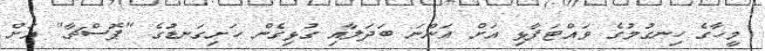
މީހާގެ ހިނގުމުގެ ވައްޓަފާޅި އަށް އަންނަ ބަދަލާއި ގުޅިގެން ހަށިގަނޑުގެ "ޕޮސްޗާ" އަށް